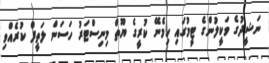
ނަޝީދުގެ ވަކީލުންގެ ޓީމުގައި ހިމެނޭ ކުރީގެ ޔޫތް މިނިސްޓަރު ހަސަން ލަތީފް ކުރެއްވި